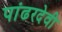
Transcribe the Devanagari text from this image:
पांढरदेवी